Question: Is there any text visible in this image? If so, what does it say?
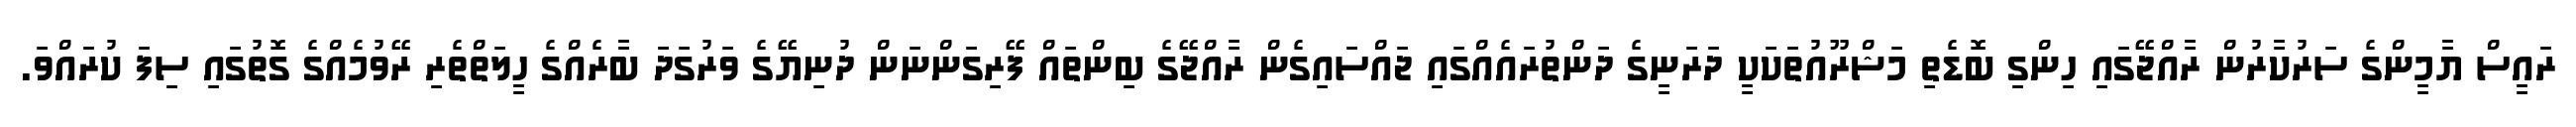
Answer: ރައީސް ޔާމީންގެ ސަރުކާރުން ރާއްޖޭގައި ހިންގި ބޮޑެތި މަޝްރޫއުތަކަކީ ދަރަނީގެ ދަންތުރައެއްގައި ޖައްސައިގެން ރާއްޖޭގެ ބިންތައް ފޭރިގަންނަން ދުނިޔޭގެ ވަރުގަދަ ބާރެއްގެ ހީލަތްތެރި ރޭވުމެއްގެ ގޮތުގައި ސިފަ ކުރައްވަ.